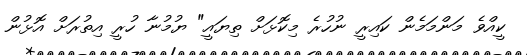
ކީއްވެ މަންމަމެން ކައިރީ ނުހުރެ މިކޮޅަށް ތިޔައީ" ޔުމުނާ ހުރީ އިތުރަށް އޮޅުން